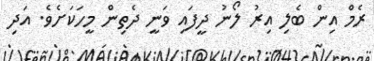
ރެމް އިން ބެލި އިރު ލޯނު ދީފައި ވަނީ ދެތިން މީހަކަށެވެ. އަދި